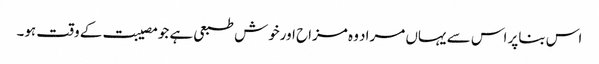
اس بناپر اس سے یہاں مراد وہ مزاح اورخوش طبعی ہے جومصیبت کے وقت ہو۔